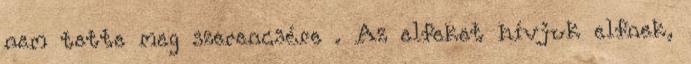
nem tette meg szerencsére . Az elfeket hívjuk elfnek,